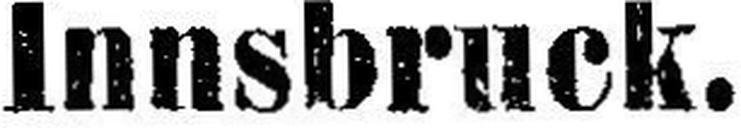
Innsbruck.